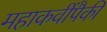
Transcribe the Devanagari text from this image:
महाकवींपैकी